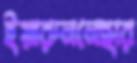
ইয়ারুননেছার